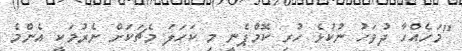
"މަހެއްހާ ދުވަހު ނުކުޅެ ހުރި ކޮމްޕެނީ މި ކަހަލަ މެޗަކަށް ނެރުމަކީ އެންމެ